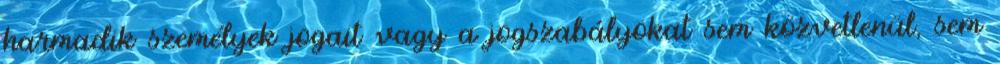
harmadik személyek jogait vagy a jogszabályokat sem közvetlenül, sem